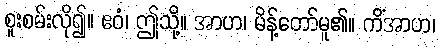
စူးစမ်းလို၍။ ဧဝံ၊ ဤသို့။ အာဟ၊ မိန့်တော်မူ၏။ ကိံအာဟ၊